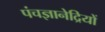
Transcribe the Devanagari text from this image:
पंचज्ञानेद्रियों